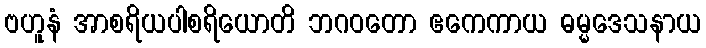
ဗဟူနံ အာစရိယပါစရိယောတိ ဘဂဝတော ဧကေကာယ ဓမ္မဒေသနာယ